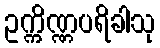
ဥက္ကိဏ္ဏပရိခါသု